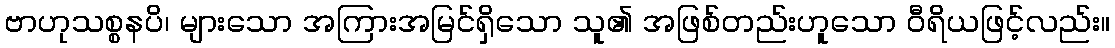
ဗာဟုသစ္စနပိ၊ များသော အကြားအမြင်ရှိသော သူ၏ အဖြစ်တည်းဟူသော ဝီရိယဖြင့်လည်း။